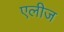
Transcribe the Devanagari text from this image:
एलीज